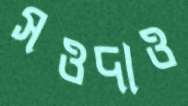
সওদাও